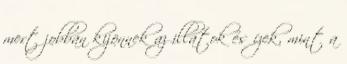
mert jobban kijönnek az illatok és ízek, mint a